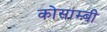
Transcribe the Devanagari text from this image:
कोसाम्बी